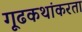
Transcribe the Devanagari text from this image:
गूढकथांकरता